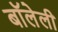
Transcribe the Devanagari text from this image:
बॉलेली